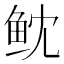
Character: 𱇙